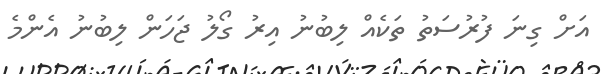
އަށް ގިނަ ފުރުސަތު ތަކެއް ލިބުނު އިރު ގޯލު ޖަހަން ލިބުނު އެންމެ